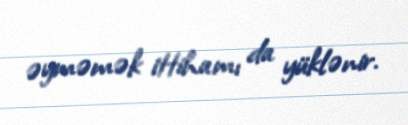
əyməmək ittihamı da yüklənir.